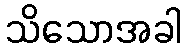
သိသောအခါ